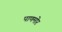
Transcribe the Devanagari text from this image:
पाणमोर